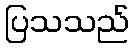
ပြသသည်